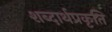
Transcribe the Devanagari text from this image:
शब्दार्थप्रकृति